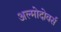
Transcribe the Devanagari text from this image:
अल्मोदोवर्स